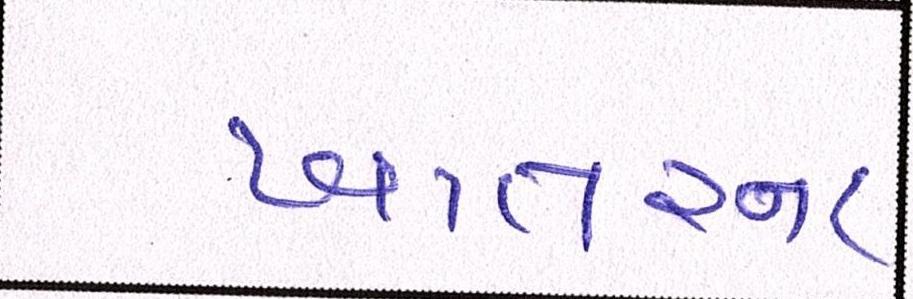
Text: ખાતરના